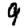
Digit: 9